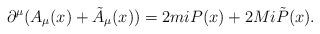
LaTeX: \begin{align*}\partial^{\mu}(A_{\mu}(x)+\tilde{A}_{\mu}(x))=2miP(x)+2Mi\tilde{P}(x).\end{align*}